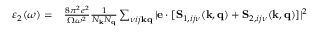
\begin{array} { r l } { \varepsilon _ { 2 } ( \omega ) = } & { { } \frac { 8 \pi ^ { 2 } e ^ { 2 } } { \Omega \omega ^ { 2 } } \frac { 1 } { N _ { \mathbf { k } } N _ { \mathbf { q } } } \sum _ { \nu i j \mathbf { k } \mathbf { q } } | \mathbf { e } \cdot [ \mathbf { S } _ { 1 , i j \nu } ( \mathbf { k , q } ) + \mathbf { S } _ { 2 , i j \nu } ( \mathbf { k , q } ) ] | ^ { 2 } } \end{array}